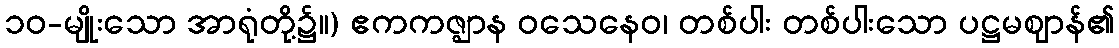
၁၀-မျိုးသော အာရုံတို့၌။) ဧကကဇ္ဈာန ဝသေနေဝ၊ တစ်ပါး တစ်ပါးသော ပဋ္ဌမဈာန်၏